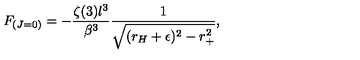
F _ { ( J = 0 ) } = - \frac { \zeta ( 3 ) l ^ { 3 } } { \beta ^ { 3 } } \frac { 1 } { \sqrt { ( r _ { H } + \epsilon ) ^ { 2 } - r _ { + } ^ { 2 } } } ,